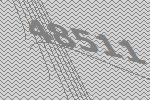
48511